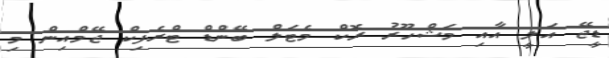
ޑީޖޭ އަލީ އާއި މަޝްހޫރު ރޮކް މެޓަލް ބޭންޑް ޓްރެފިކް ޖޭމްއިން މި